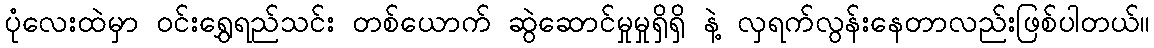
ပုံလေးထဲမှာ ဝင်းရွှေရည်သင်း တစ်ယောက် ဆွဲဆောင်မှုမှုရှိရှိ နဲ့ လှရက်လွန်းနေတာလည်းဖြစ်ပါတယ်။